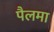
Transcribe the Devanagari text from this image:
पैलमा